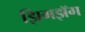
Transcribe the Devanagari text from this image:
झिगझॅग